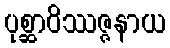
ပုစ္ဆာဝိဿဇ္ဇနာယ